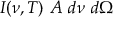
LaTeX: I ( \nu , T ) ~ A ~ d \nu ~ d \Omega